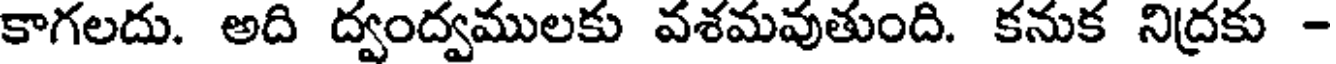
కాగలదు. అది ద్వంద్వములకు వశమవుతుంది. కనుక నిద్రకు -